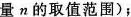
量n的取值范围)；